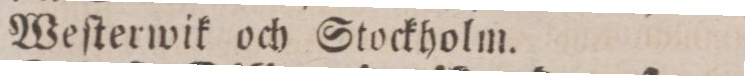
Weſterwik och Stockholm.